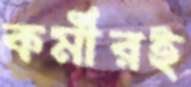
কর্মীরই